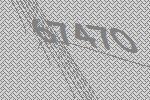
67470